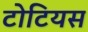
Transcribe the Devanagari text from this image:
टोटियस